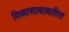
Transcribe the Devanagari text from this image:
विकासाबाबतीत